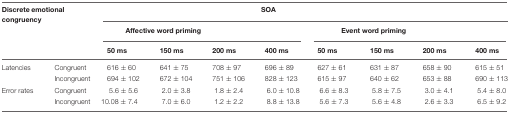
<table><thead><tr><td><b>Discrete emotional congruency</b></td><td colspan="8"><b>SOA</b></td></tr><tr><td></td><td colspan="4"><b>Affective word priming</b></td><td colspan="4"><b>Event word priming</b></td></tr><tr><td></td><td></td><td><b>50ms</b></td><td><b>150 ms</b></td><td><b>200 ms</b></td><td><b>400 ms</b></td><td><b>50ms</b></td><td><b>150 ms</b></td><td><b>200 ms</b></td><td><b>400 ms</b></td></tr></thead><tbody><tr><td>Latencies</td><td>Congruent</td><td>616 ± 60</td><td>641 ± 75</td><td>708 ± 97</td><td>696 ± 89</td><td>627 ± 61</td><td>631 ± 87</td><td>658 ± 90</td><td>615 ± 51</td></tr><tr><td></td><td>Incongruent</td><td>694 ± 102</td><td>672 ± 104</td><td>751 ± 106</td><td>828 ± 123</td><td>615 ± 97</td><td>640 ± 62</td><td>653 ± 88</td><td>690 ± 113</td></tr><tr><td>Error rates</td><td>Congruent</td><td>5.6 ± 5.6</td><td>2.0 ± 3.8</td><td>1.8 ± 2.4</td><td>6.0 ± 10.8</td><td>6.6 ± 8.3</td><td>5.8 ± 7.5</td><td>3.0 ± 4.1</td><td>5.4 ± 8.0</td></tr><tr><td></td><td>Incongruent</td><td>10.08 ± 7.4</td><td>7.0 ± 6.0</td><td>1.2 ± 2.2</td><td>8.8 ± 13.8</td><td>5.6 ± 7.3</td><td>5.6 ± 4.8</td><td>2.6 ± 3.3</td><td>6.5 ± 9.2</td></tr></tbody></table>